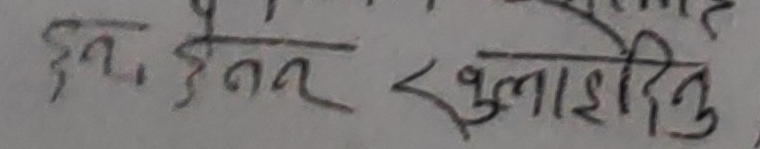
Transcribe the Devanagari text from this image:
यस इतर खुलासादिनु